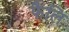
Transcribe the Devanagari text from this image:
फैलि